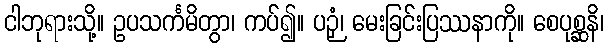
ငါဘုရားသို့။ ဥပသင်္ကမိတွာ၊ ကပ်၍။ ပဉှံ၊ မေးခြင်းပြဿနာကို။ စေပုစ္ဆနိ၊